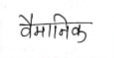
मजकूर: वैमानिक